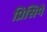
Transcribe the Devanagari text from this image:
प्रिसिपे